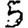
Digit: 5